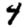
Digit: 4